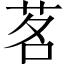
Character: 茗